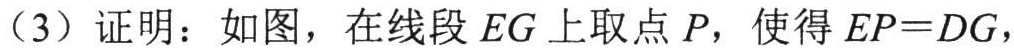
（3）证明：如图，在线段 \(EG\) 上取点 \(P\)，使得 \(EP = DG\)，